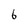
Character: 6